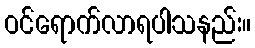
ဝင်ရောက်လာရပါသနည်း။